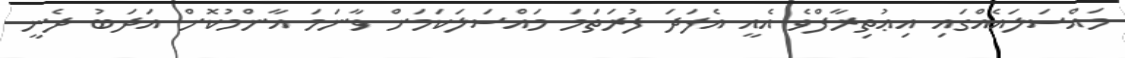
މައްސަލައެއްގައި އިޢުތިރާފްވެ އެއީ އެފަދަ ފުރަތަމަ މައްސަލަކަމަށް ވާނަމަ އާންމުކޮށް އަދަބު ދެނީ